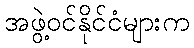
အဖွဲ့ဝင်နိုင်ငံများက